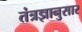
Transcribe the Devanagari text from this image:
तंत्रज्ञानुसार